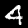
Digit: 4